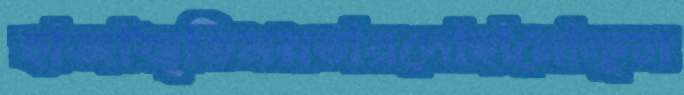
হাজাস্মৃতিময়তারদোহানোকুল